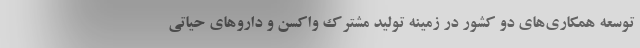
توسعه همکاری‌های دو کشور در زمینه تولید مشترک واکسن و داروهای حیاتی